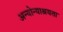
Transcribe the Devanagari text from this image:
अन्योन्याश्रयता